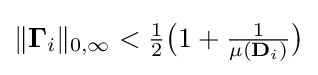
{\textstyle \|\mathbf {\Gamma } _{i}\|_{0,\infty }<{\frac {1}{2}}{\big (}1+{\frac {1}{\mu (\mathbf {D} _{i})}}{\big )}}